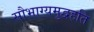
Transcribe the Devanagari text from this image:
सौभाग्यमुद्वहति